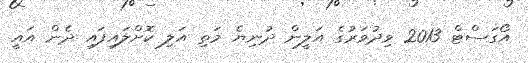
އޯގަސްޓް 2013 ވިދުވަރުގެ އަލީން ދުނިޔެ މަތި އަލި ކޮށްލައިފައި ދެން އައީ